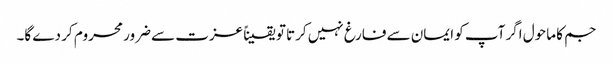
جم کا ماحول اگر آپ کو ایمان سے فارغ نہیں کرتا تو یقیناً عزت سے ضرور محروم کر دے گا۔